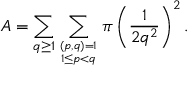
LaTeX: A = \sum _ { q \geq 1 } \sum _ { ( p , q ) = 1 \atop 1 \leq p < q } \pi \left( { \frac { 1 } { 2 q ^ { 2 } } } \right) ^ { 2 } .